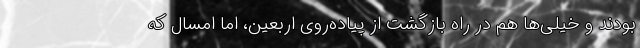
بودند و خیلی‌ها هم در راه بازگشت از پیاده‌روی اربعین، اما امسال که